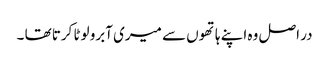
در اصل وہ اپنے ہاتھوں سے میری آبرو لوٹا کرتا تھا ۔